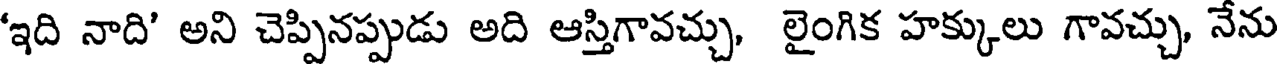
'ఇది నాది' అని చెప్పినప్పుడు అది ఆస్తిగావచ్చు, లైంగిక హక్కులు గావచ్చు, నేను